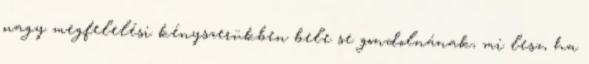
nagy megfelelési kényszerükben bele se gondolnának, mi lesz, ha